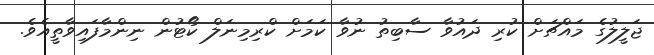
ޖަލީލުގެ މައްޗަށް ކުރި ދައުވާ ސާބިތު ނުވާ ކަމަށް ކްރިމިނަލް ކޯޓުން ނިންމާފައިވާތީއެވެ.